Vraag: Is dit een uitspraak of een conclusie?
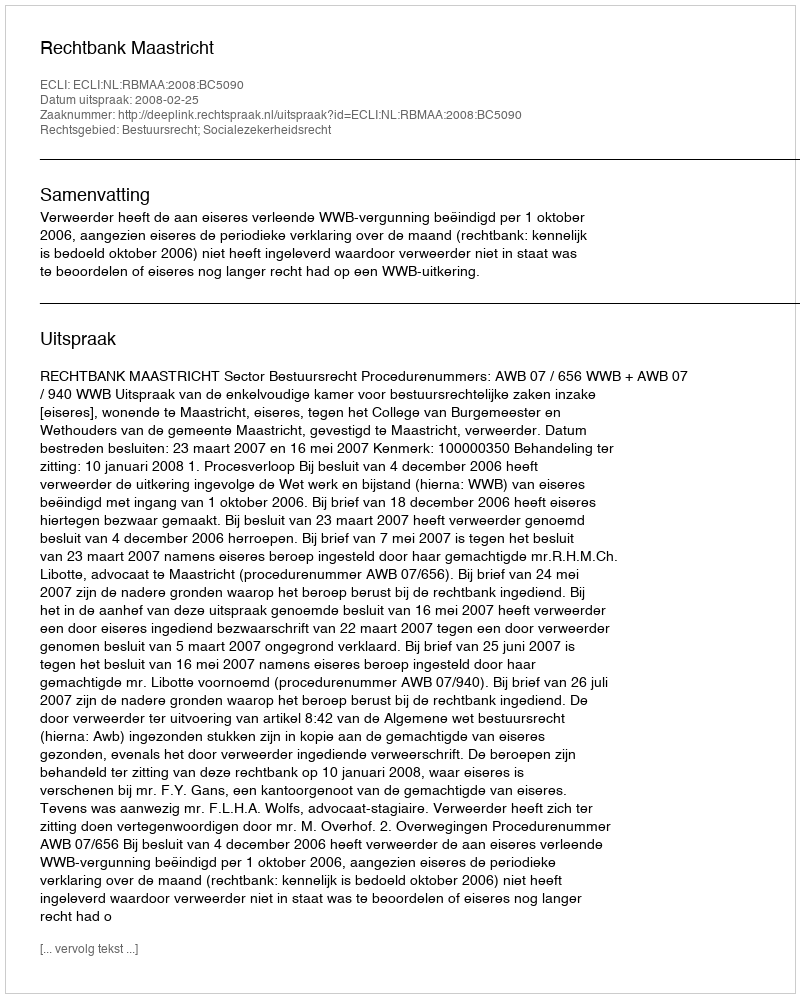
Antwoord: Uitspraak